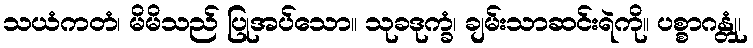
သယံကတံ၊ မိမိသည် ပြုအပ်သော။ သုခဒုက္ခံ၊ ချမ်းသာဆင်းရဲကို။ ပစ္စာဂန္တုံ၊